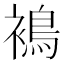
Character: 𧜣